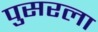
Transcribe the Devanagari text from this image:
पुसरला